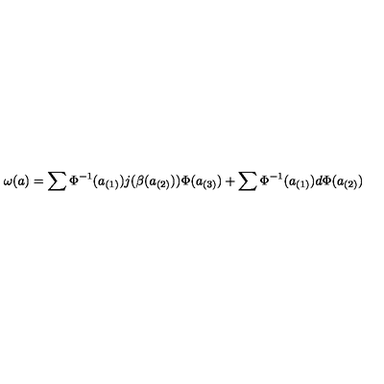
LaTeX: \omega ( a ) = \sum \Phi ^ { - 1 } ( a _ { ( 1 ) } ) j ( \beta ( a _ { ( 2 ) } ) ) \Phi ( a _ { ( 3 ) } ) + \sum \Phi ^ { - 1 } ( a _ { ( 1 ) } ) d \Phi ( a _ { ( 2 ) } )